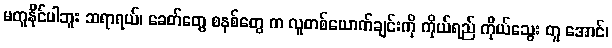
မတူနိုင်ပါဘူး ဆရာရယ်၊ ခေတ်တွေ စနစ်တွေ က လူတစ်ယောက်ချင်းကို ကိုယ်ရည် ကိုယ်သွေး တူ အောင်၊